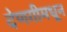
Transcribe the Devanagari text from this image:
देणगीमधून